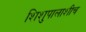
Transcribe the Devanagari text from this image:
शिशुपालाशीच